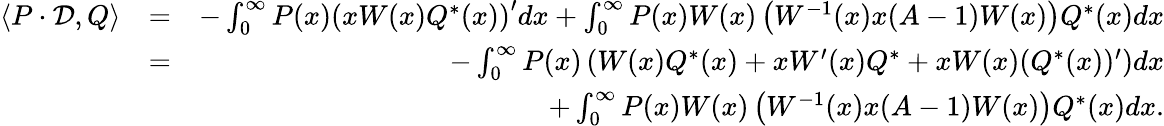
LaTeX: \begin{array}{rlr}{\langle P\cdot\mathcal{D},Q\rangle}&{=}&{-\int_{0}^{\infty}P(x)\left(xW(x)Q^{\ast}(x)\right)^{\prime}dx+\int_{0}^{\infty}P(x)W(x)\left(W^{-1}(x)x(A-1)W(x)\right)Q^{\ast}(x)dx}\\ &{=}&{-\int_{0}^{\infty}P(x)\left(W(x)Q^{\ast}(x)+xW^{\prime}(x)Q^{\ast}+xW(x)(Q^{\ast}(x))^{\prime}\right)dx}\\ &{}&{+\int_{0}^{\infty}P(x)W(x)\left(W^{-1}(x)x(A-1)W(x)\right)Q^{\ast}(x)dx.}\end{array}